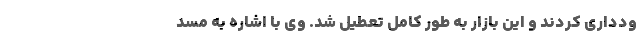
ودداری کردند و این بازار به طور کامل تعطیل شد. وی با اشاره به مسد